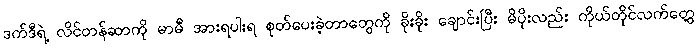
ဒက်ဒီရဲ့ လိင်တန်ဆာကို မာမီ အားရပါးရ စုတ်ပေးခဲ့တာတွေကို ခိုးခိုး ချောင်းပြီး မိပိုးလည်း ကိုယ်တိုင်လက်တွေ့